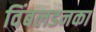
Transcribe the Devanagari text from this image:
विंबलडनका